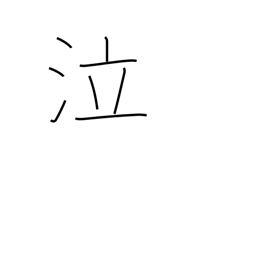
Meaning: weep